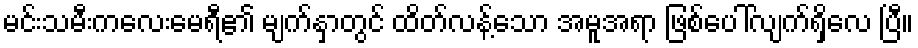
မင်းသမီးကလေးမေရီ၏ မျက်နှာတွင် ထိတ်လန့်သော အမူအရာ ဖြစ်ပေါ်လျက်ရှိလေ ပြီ။